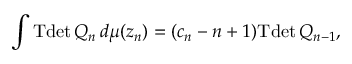
\int \mathrm { T d e t } \, Q _ { n } \, d \mu ( z _ { n } ) = ( c _ { n } - n + 1 ) \mathrm { T d e t } \, Q _ { n - 1 } ,